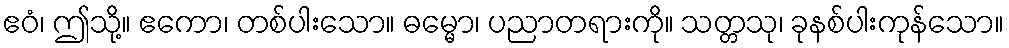
ဧဝံ၊ ဤသို့။ ဧကော၊ တစ်ပါးသော။ ဓမ္မော၊ ပညာတရားကို။ သတ္တသု၊ ခုနစ်ပါးကုန်သော။